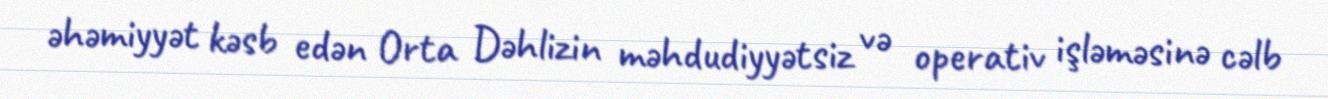
əhəmiyyət kəsb edən Orta Dəhlizin məhdudiyyətsiz və operativ işləməsinə cəlb